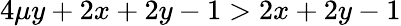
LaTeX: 4\mu y+2x+2y-1>2x+2y-1